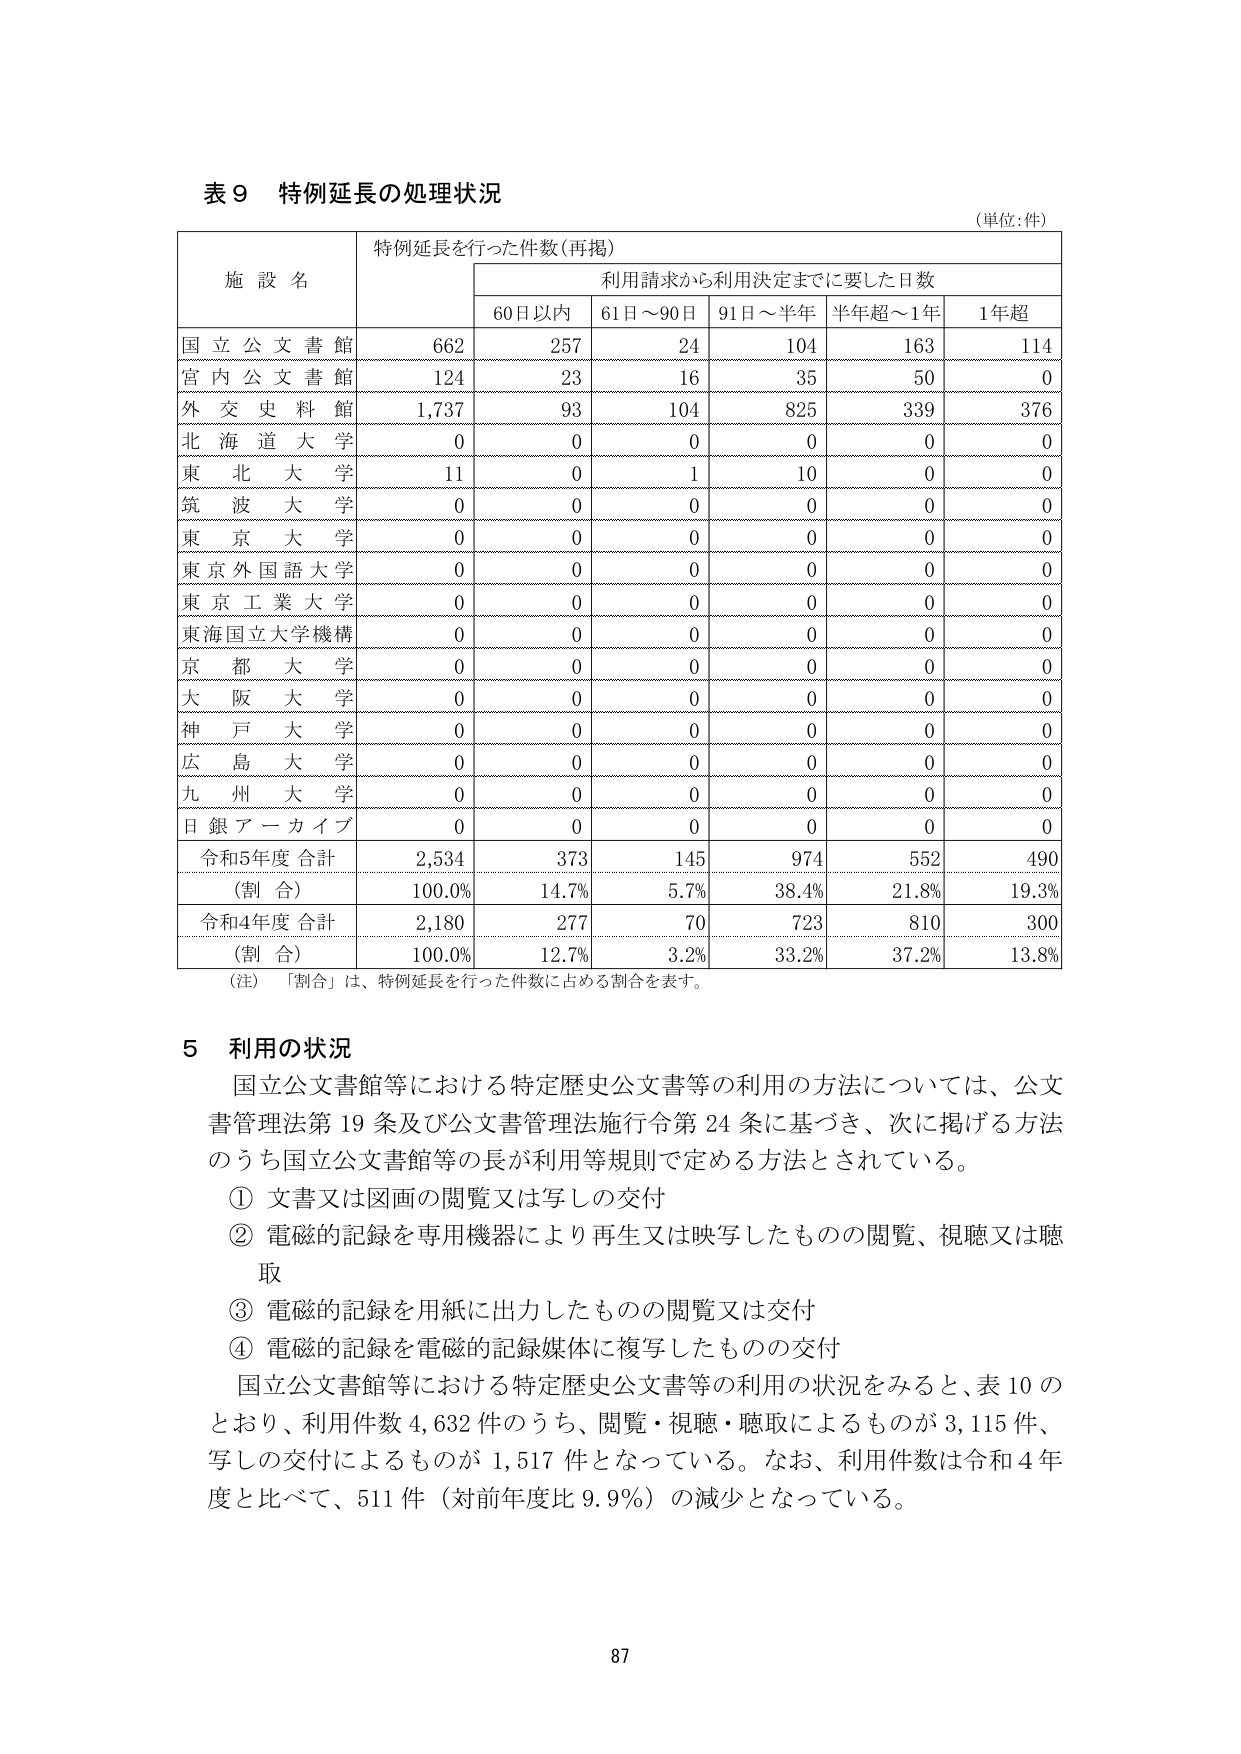
表９ 特例延長の処理状況
（単位：件）

施設名　　特例延長を行った件数（再掲）
　　　　　　利用請求から利用決定までに要した日数
　　　　　　60日以内　61日～90日　91日～半年　半年超～1年　1年超

国立公文書館　　662　　257　　24　　104　　163　　114
宮内公文書館　　124　　23　　16　　35　　50　　0
外交史料館　　1,737　　93　　104　　825　　339　　376
北海道大学　　0　　0　　0　　0　　0　　0
東北大学　　11　　0　　1　　10　　0　　0
筑波大学　　0　　0　　0　　0　　0　　0
東京大学　　0　　0　　0　　0　　0　　0
東京外国語大学　　0　　0　　0　　0　　0　　0
東京工業大学　　0　　0　　0　　0　　0　　0
東海国立大学機構　　0　　0　　0　　0　　0　　0
京都大学　　0　　0　　0　　0　　0　　0
大阪大学　　0　　0　　0　　0　　0　　0
神戸大学　　0　　0　　0　　0　　0　　0
広島大学　　0　　0　　0　　0　　0　　0
九州大学　　0　　0　　0　　0　　0　　0
日銀アーカイブ　　0　　0　　0　　0　　0　　0

令和5年度合計　　2,534　　373　　145　　974　　552　　490
（割合）　　100.0%　　14.7%　　5.7%　　38.4%　　21.8%　　19.3%
令和4年度合計　　2,180　　277　　70　　723　　810　　300
（割合）　　100.0%　　12.7%　　3.2%　　33.2%　　37.2%　　13.8%

（注）「割合」は、特例延長を行った件数に占める割合を表す。

５ 利用の状況
国立公文書館等における特定歴史公文書等の利用の方法については、公文書管理法第19条及び公文書管理法施行令第24条に基づき、次に掲げる方法のうち国立公文書館等の長が利用等規則で定める方法とされている。
① 文書又は図画の閲覧又は写しの交付
② 電磁的記録を専用機器により再生又は映写したものの閲覧、視聴又は聴取
③ 電磁的記録を用紙に出力したものの閲覧又は交付
④ 電磁的記録を電磁的記録媒体に複写したものの交付
国立公文書館等における特定歴史公文書等の利用の状況をみると、表10のとおり、利用件数4,632件のうち、閲覧・視聴・聴取によるものが3,115件、写しの交付によるものが1,517件となっている。なお、利用件数は令和4年度と比べて、511件（対前年度比9.9%）の減少となっている。

87